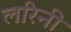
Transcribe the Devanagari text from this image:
लरिनी